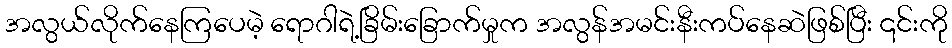
အလွယ်လိုက်နေကြပေမဲ့ ရောဂါရဲ့ခြိမ်းခြောက်မှုက အလွန်အမင်းနီးကပ်နေဆဲဖြစ်ပြီး ၎င်းကို